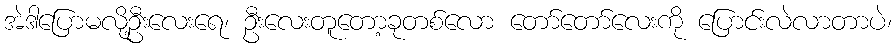
အဲဒါပြောမလို့ဦးလေးရေ၊ ဦးလေးတူတော့ခုတစ်လော တော်တော်လေးကို ပြောင်းလဲလာတာပဲ၊